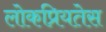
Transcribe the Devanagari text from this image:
लोकप्रियतेस